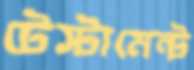
টেস্টামেন্ট